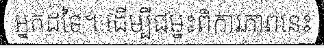
អ្នកដទៃ។ ដើម្បីជម្នះពិការភាពនេះ